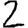
Digit: 2